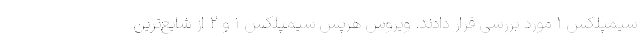
سیمپلکس ۱ مورد بررسی قرار دادند. ویروس هرپس سیمپلکس ۱ و ۲ از شایع‌ترین